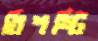
বিশষ্টি